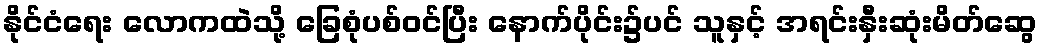
နိုင်ငံရေး လောကထဲသို့ ခြေစုံပစ်ဝင်ပြီး နောက်ပိုင်း၌ပင် သူနှင့် အရင်းနှီးဆုံးမိတ်ဆွေ